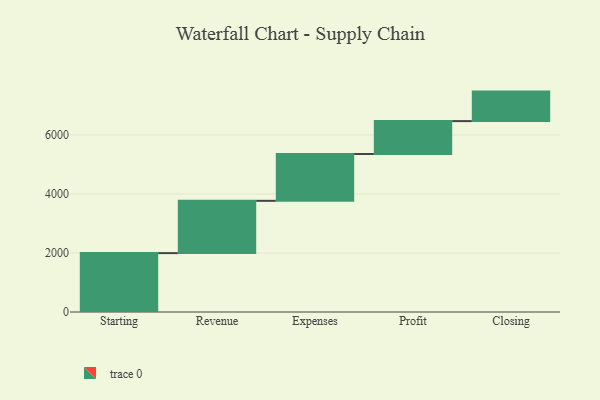
{"axis": {"x": "Step", "y": "Value"}, "legend": [""], "data": [{"x": "Starting", "y": 1996.0, "type": ""}, {"x": "Revenue", "y": 1772.0, "type": ""}, {"x": "Expenses", "y": 1587.0, "type": ""}, {"x": "Profit", "y": 1115.0, "type": ""}, {"x": "Closing", "y": 1000, "type": ""}]}